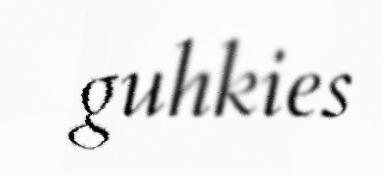
guhkies